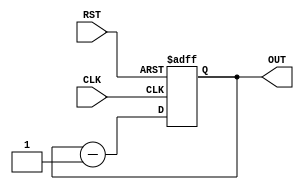
`timescale 1ns / 1ps
//////////////////////////////////////////////////////////////////////////////////
// Company: 
// Engineer: 
// 
// Design Name: 
// Module Name: COUNTER
// Project Name: 
// Target Devices: 
// Tool Versions: 
// Description: 
// 
// Dependencies: 
// 
// Revision:
// Revision 0.01 - File Created
// Additional Comments:
// 
//////////////////////////////////////////////////////////////////////////////////


module COUNTER(CLK,RST,OUT);
input CLK,RST;
output reg [3:0]OUT;
always@(posedge CLK or negedge RST)
begin
if (RST==0)
OUT=4'b1111;
else
OUT<=OUT-4'b0001;
end
endmodule